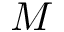
M